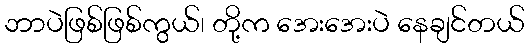
ဘာပဲဖြစ်ဖြစ်ကွယ်၊ တို့က အေးအေးပဲ နေချင်တယ်